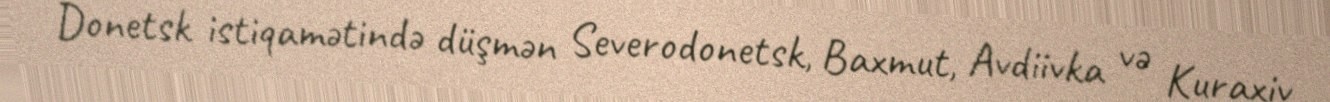
Donetsk istiqamətində düşmən Severodonetsk, Baxmut, Avdiivka və Kuraxiv